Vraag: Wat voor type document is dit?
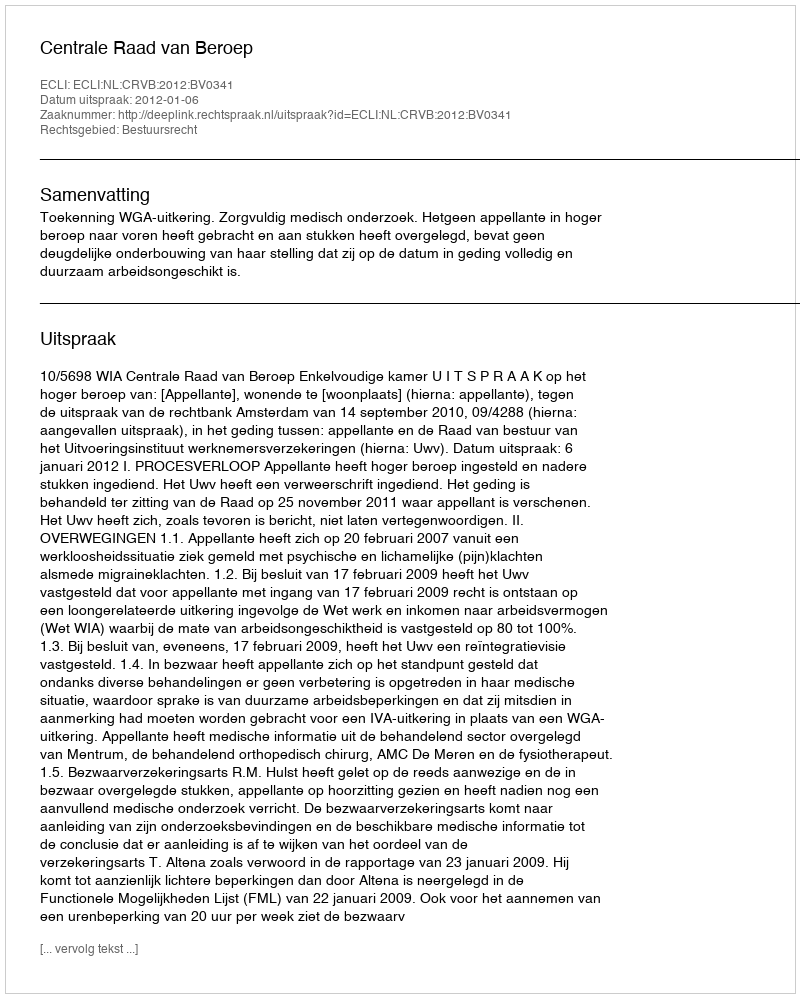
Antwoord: Uitspraak